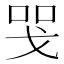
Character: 𢦸